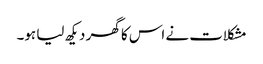
مشکلات نے اس کا گھر دیکھ لیا ہو۔